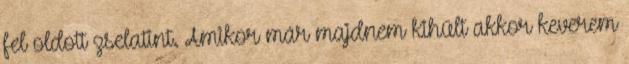
fel oldott zselatint. Amikor már majdnem kihűlt akkor keverem